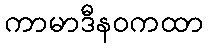
ကာမာဒီနဝကထာ